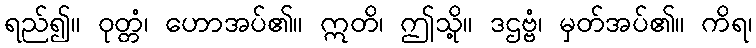
ရည်၍။ ဝုတ္တံ၊ ဟောအပ်၏။ ဣတိ၊ ဤသို့။ ဒဌဗ္ဗံ၊ မှတ်အပ်၏။ ကိရ၊